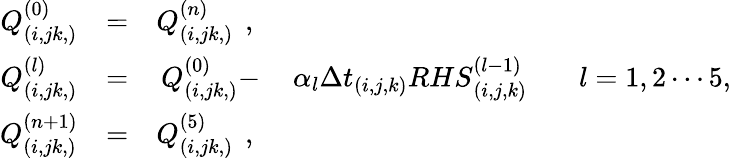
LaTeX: \begin{array}{ccccc}{Q_{(i,jk,)}^{(0)}}&{=}&{Q_{(i,jk,)}^{(n)}\, \mathrm{~,~}}&{}&{}\\ {Q_{(i,jk,)}^{(l)}}&{=}&{Q_{(i,jk,)}^{(0)}-}&{\alpha_{l}{\Delta t}_{(i,j,k)}{RHS}_{(i,j,k)}^{(l-1)}\, }&{\, \, \, \, l=1,2\cdots 5,}\\ {Q_{(i,jk,)}^{(n+1)}}&{=}&{Q_{(i,jk,)}^{(5)}\, \mathrm{~,~}}&{}&{}\end{array}